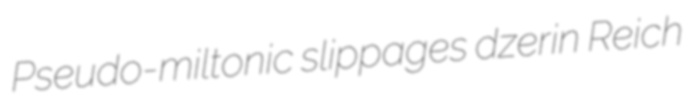
Pseudo-miltonic slippages dzerin Reich